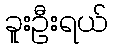
ခူးဦးရယ်